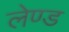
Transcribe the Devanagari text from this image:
लेण्ड